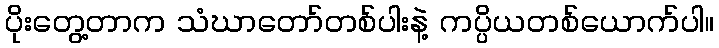
ပိုးတွေ့တာက သံဃာတော်တစ်ပါးနဲ့ ကပ္ပိယတစ်ယောက်ပါ။